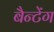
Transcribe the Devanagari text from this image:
बैन्टेंग